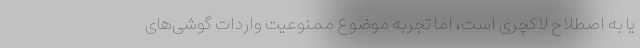
یا به اصطلاح لاکچری است، اما تجربه موضوع ممنوعیت واردات گوشی‌های